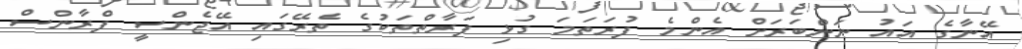
އޭނާގެ އައު ނަންބަރަށް އެންމެ ފުރަތަމަ ގުޅި ފަރާތްތަކުގެ ތެރޭގައި އޭޖެންސީ ފްރާންސް